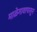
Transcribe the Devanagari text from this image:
माळेगावापासून